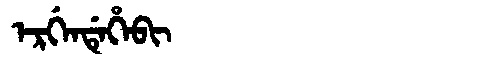
Manchu: ᡝᡵᡤᡝᠨᡩᡝᡥᡝᠪᡳ
Romanization: ERGENDEHEBI